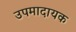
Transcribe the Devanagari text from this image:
उपमादायक